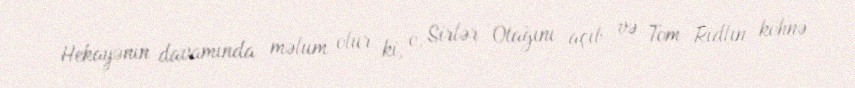
Hekayənin davamında məlum olur ki, o, Sirlər Otağını açıb və Tom Ridlın köhnə